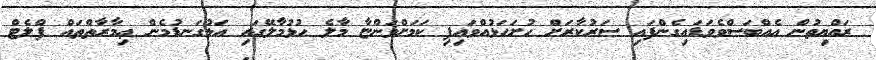
ރައްޔިތުން އެއްބަސްވެވަޑައިގެންފައި ސަރުކާރަށް ހުށަހަޅުއްވައިފި ކަމަށްވަންޏާ މާލެ ހުޅުމާލޭގައި އަޅުގަނޑުމެން ޢިމާރާތްތައް ފްލެޓް